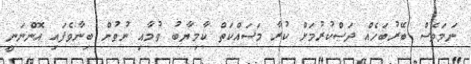
ނަމަވެސް ބޭރުބަހެއް ދަސްކުރުމަށް ކުރާ މަސައްކަތް ކާމިޔާބު ވުމާއި ނުވުން ބިނާވެފައި އޮންނަނީ